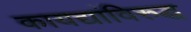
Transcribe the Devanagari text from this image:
कायद्यांविरुद्ध